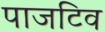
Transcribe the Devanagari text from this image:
पाजटिव